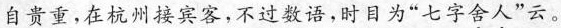
自贵重，在杭州接宾客，不过数语，时目为”七字舍人”云。